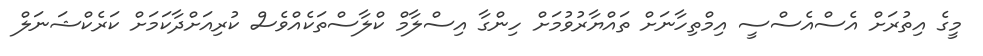
މީގެ އިތުރަށް އެސްއެސްސީ އިމްތިހާނަށް ތައްޔާރުވުމަށް ހިންގާ އިސްލާމް ކްލާސްތަކެއްވެސް ކުރިއަށްދާކަމަށް ކަރެކްޝަނަލް